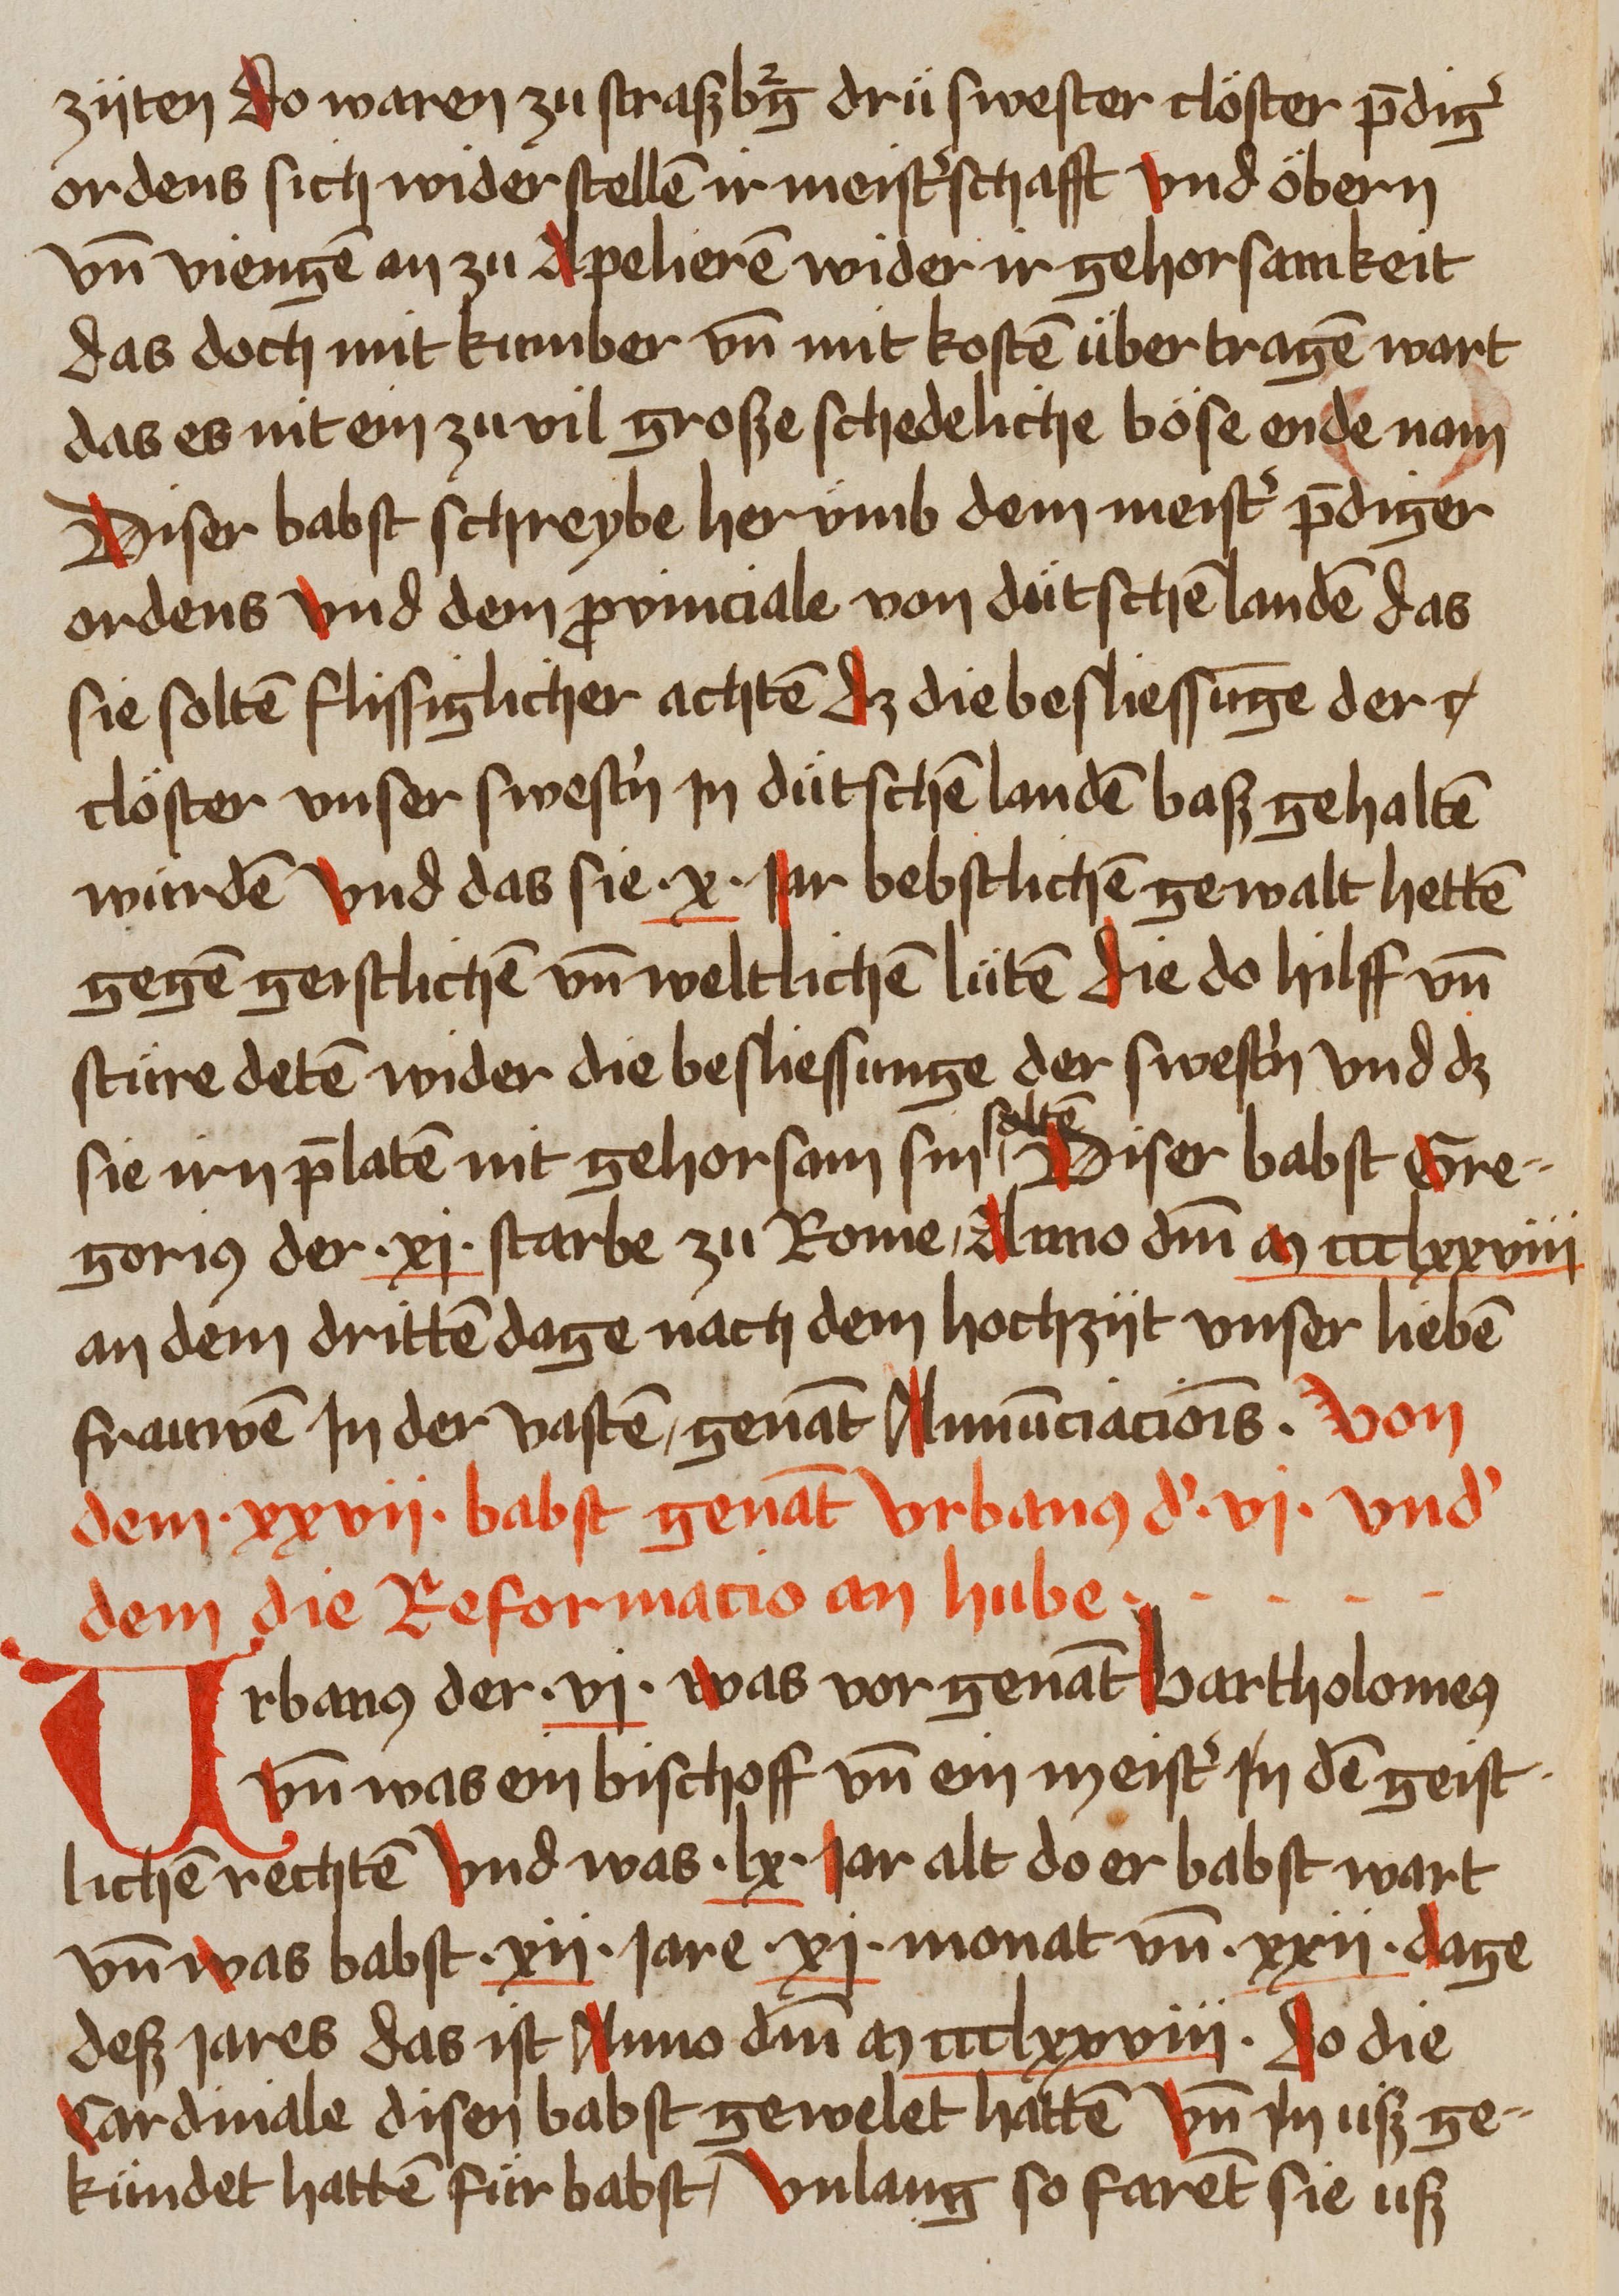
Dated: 1459–1489